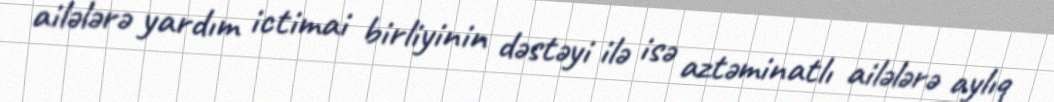
ailələrə yardım ictimai birliyinin dəstəyi ilə isə aztəminatlı ailələrə aylıq